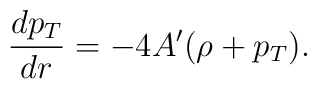
{dp_T \over dr} = -4A'(\rho + p_T).